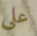
علي